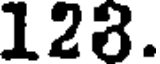
128.